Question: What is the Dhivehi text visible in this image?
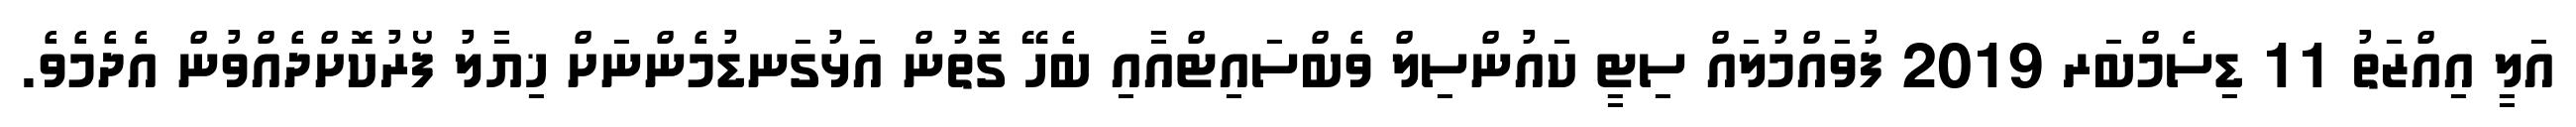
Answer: އަލީ އިއްޒަތު 11 ޑިސެމްބަރ 2019 ފުވައްމުލައް ސިޓީ ކައުންސިލް ވެބްސައިޓްއާއި ބެހޭ ގޮތުން އަޅުގަނޑުމެންނަށް ޚިޔާލު ފޯރުކޮށްދެއްވުން އެދެމެވެ.